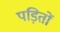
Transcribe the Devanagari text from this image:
पड़ितों